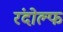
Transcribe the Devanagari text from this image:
रंदोल्फ